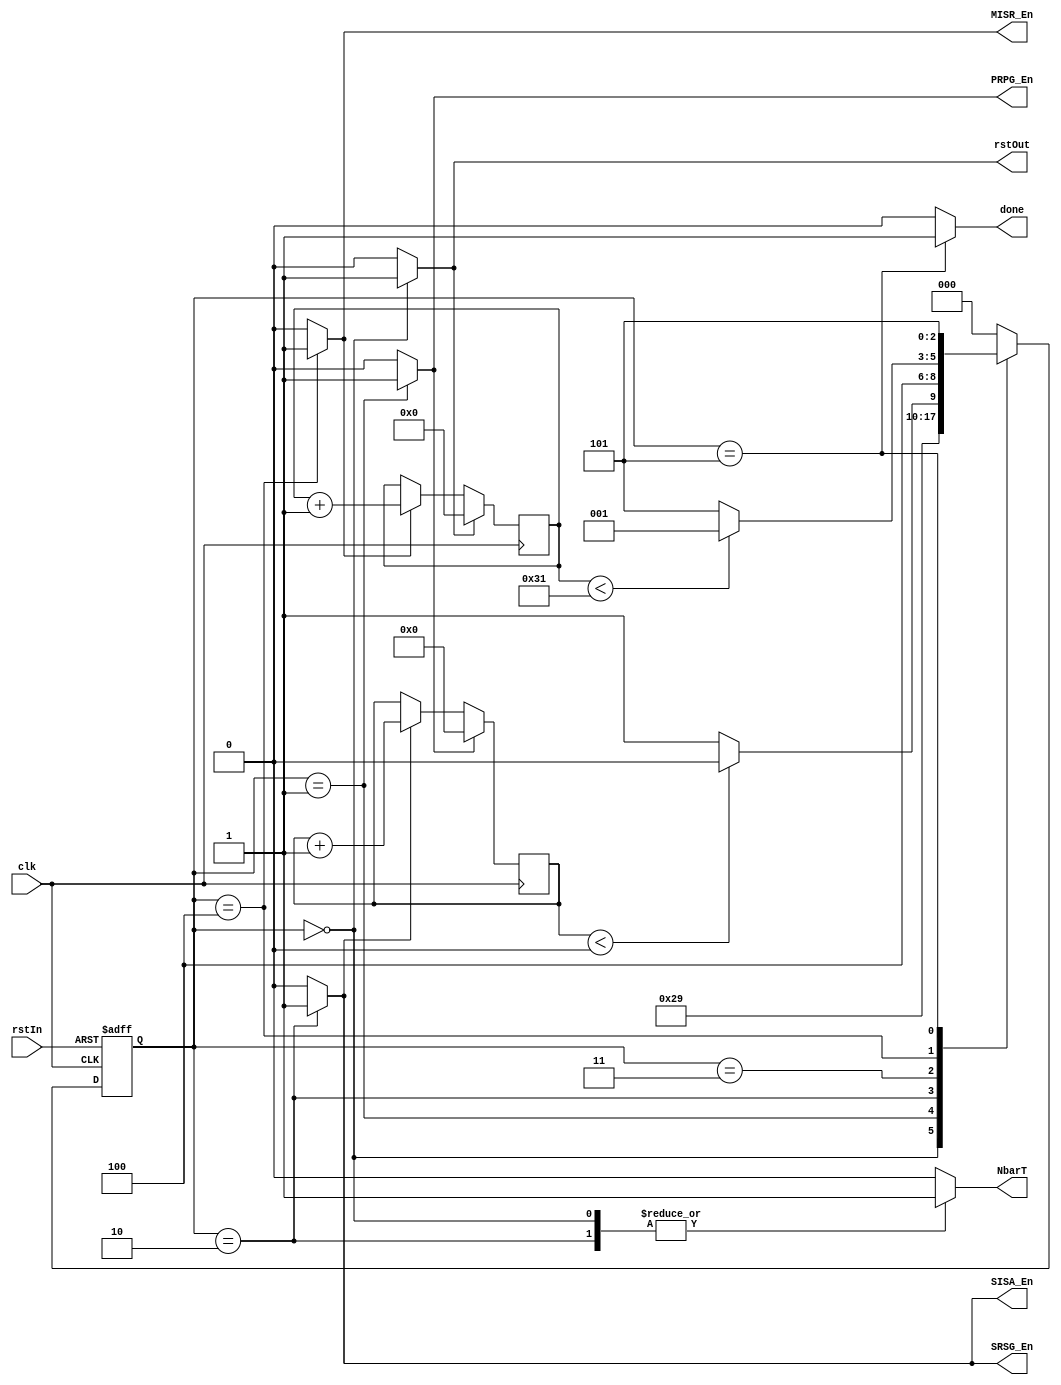

`timescale 1ns/1ns

`define Reset			3'b000
`define GenData			3'b001
`define ShiftData		3'b010
`define NormalMode		3'b011
`define GenSignature	        3'b100
`define Exit			3'b101

module RTS_controller   #(parameter ShiftSize = 1, numOfRounds = 50)
                        (clk, rstIn, NbarT, rstOut,PRPG_En, SRSG_En, SISA_En, MISR_En, done);
			
   input clk, rstIn;
   output reg NbarT, rstOut, PRPG_En;
   output reg SRSG_En, SISA_En, MISR_En;
   output reg done;
			
   reg [2:0] present_state, next_state;
   reg [5:0] shtCount;				
   reg shtCount_Rst, shtCount_En;
   reg [15:0] testVectorCount;		
   reg testCount_Rst, testCount_En;
	
   always @(posedge clk or posedge rstIn) 
   if( rstIn )
      present_state <= `Reset;
   else 
      present_state <= next_state;    	

   always @(present_state or shtCount) begin
      NbarT = 1'b0; rstOut = 1'b0; PRPG_En = 1'b0; 
      SRSG_En = 1'b0; SISA_En = 1'b0; 
      shtCount_Rst = 1'b0; shtCount_En = 1'b0;
      testCount_Rst = 1'b0; testCount_En = 1'b0;				
      MISR_En = 1'b0; done = 1'b0;
     
      case (present_state)
         `Reset : begin 
            next_state = `GenData;
            rstOut = 1'b1;
            NbarT = 1'b1;				
            testCount_Rst = 1'b1;
         end
			
         `GenData : begin
            next_state = `ShiftData;
            PRPG_En = 1'b1;
            shtCount_Rst = 1'b1;
         end
			
         `ShiftData : begin
            next_state = ( shtCount < ShiftSize - 1 ) ? `ShiftData : `NormalMode;
            shtCount_En = 1'b1;
            SRSG_En = 1'b1;
            SISA_En = 1'b1;
            NbarT = 1'b1;
         end
			
         `NormalMode : begin
            next_state = `GenSignature;
            NbarT = 1'b0;
         end
			
         `GenSignature : begin
            next_state = (testVectorCount < numOfRounds - 1) ? `GenData : `Exit; 
            testCount_En = 1'b1;
            MISR_En = 1'b1;
         end
			
         `Exit : begin
            next_state = `Exit;
            done = 1'b1;
         end
			
         default : next_state = `Reset;
      endcase     
   end   
		
   //shifted bits count
   always @(posedge clk) begin
      if(shtCount_Rst) 
         shtCount = 0;	
      else if(shtCount_En)
         shtCount = shtCount + 1;
   end

   //Test vector count
   always @(posedge clk) begin
      if(testCount_Rst) 
         testVectorCount = 0;
      else if(testCount_En)
         testVectorCount = testVectorCount + 1;
   end
endmodule